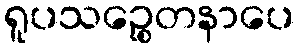
ရူပသဉ္စေတနာပေ